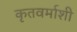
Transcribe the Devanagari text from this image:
कृतवर्माशी